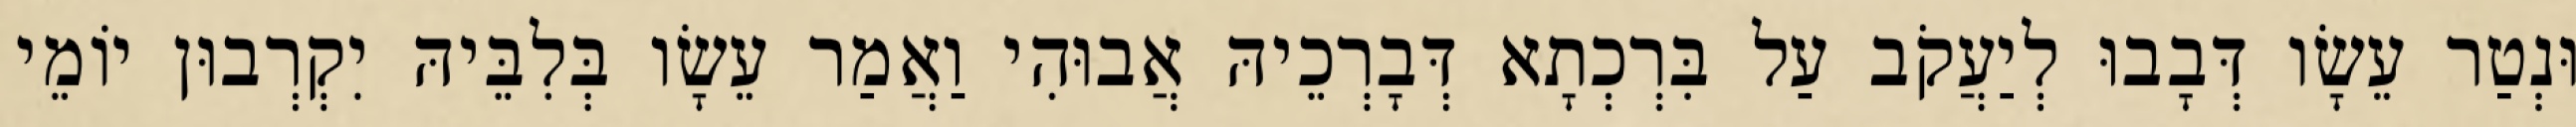
וּנְטַר עֵשָׂו דְּבָבוּ לְיַעֲקֹב עַל בִּרְכְתָא דְּבָרְכֵיהּ אֲבוּהִי וַאֲמַר עֵשָׂו בְּלִבֵּיהּ יִקְרְבוּן יוֹמֵי